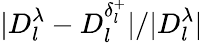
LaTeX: |D_{l}^{\lambda}-D_{l}^{\delta_{l}^{+}}|/|D_{l}^{\lambda}|